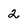
Character: 2